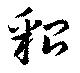
貂